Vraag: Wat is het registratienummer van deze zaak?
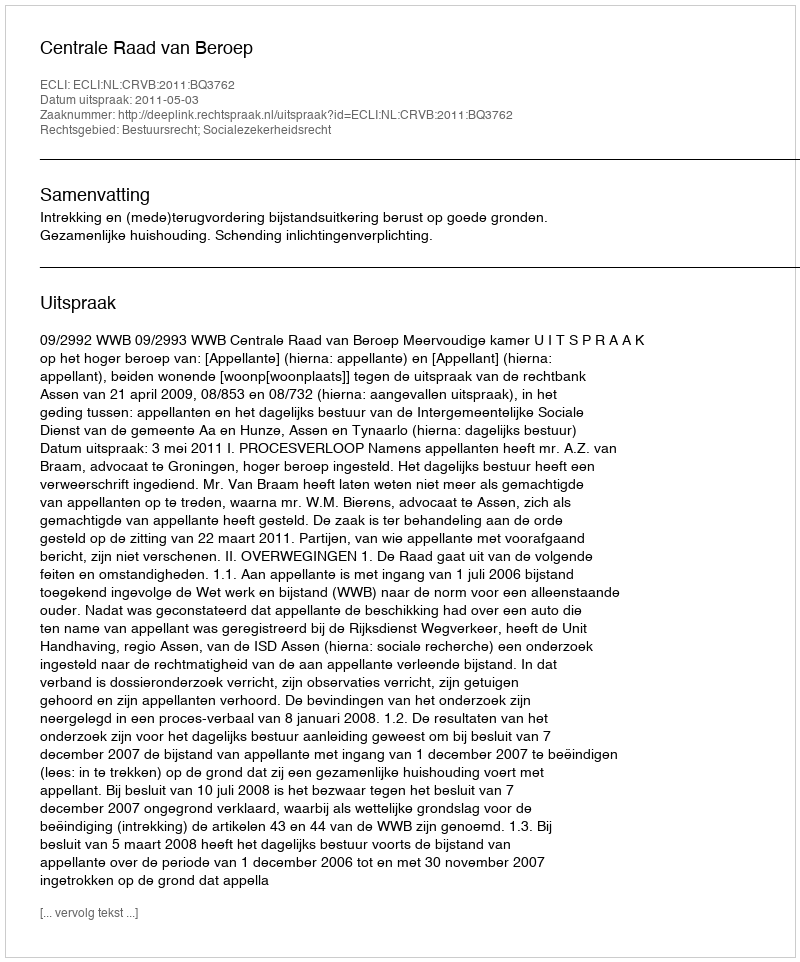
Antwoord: http://deeplink.rechtspraak.nl/uitspraak?id=ECLI:NL:CRVB:2011:BQ3762